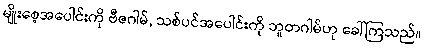
မျိုးစေ့အပေါင်းကို ဗီဇဂါမ်, သစ်ပင်အပေါင်းကို ဘူတဂါမ်ဟု ခေါ်ကြသည်။